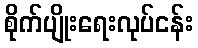
စိုက်ပျိုးရေးလုပ်ငန်း